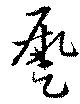
蹶